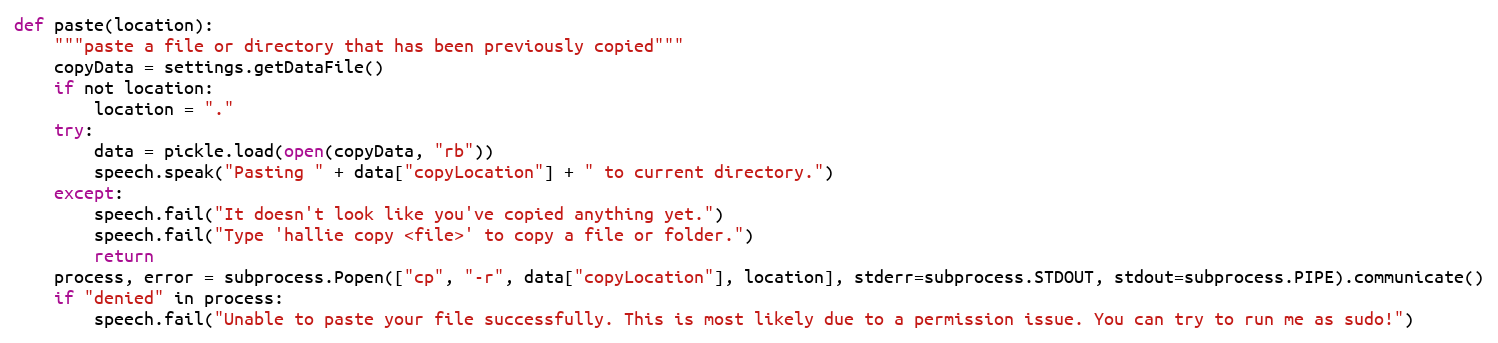
Language: Python
def paste(location):
	"""paste a file or directory that has been previously copied"""
	copyData = settings.getDataFile()
	if not location:
		location = "."
	try:
		data = pickle.load(open(copyData, "rb"))
		speech.speak("Pasting " + data["copyLocation"] + " to current directory.")
	except:
		speech.fail("It doesn't look like you've copied anything yet.")
		speech.fail("Type 'hallie copy <file>' to copy a file or folder.")
		return
	process, error = subprocess.Popen(["cp", "-r", data["copyLocation"], location], stderr=subprocess.STDOUT, stdout=subprocess.PIPE).communicate()
	if "denied" in process:
		speech.fail("Unable to paste your file successfully. This is most likely due to a permission issue. You can try to run me as sudo!")